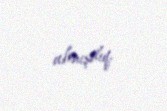
almışdıq.